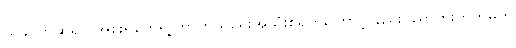
ယခင်ကဆိုရင် အစိုးရတွေရဲ့ ကာကွယ်ရေးအသုံးစရိတ်ကြောင့် နည်းပညာတိုးတက်မှုကို